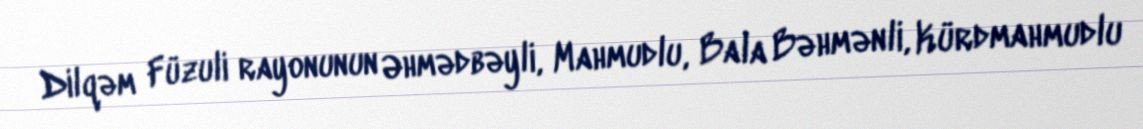
Dilqəm Füzuli rayonunun Əhmədbəyli, Mahmudlu, Bala Bəhmənli, Kürdmahmudlu